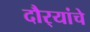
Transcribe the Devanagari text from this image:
दौर्‍यांचे